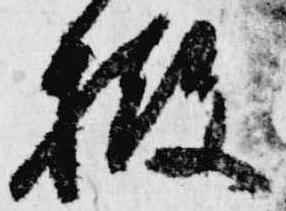
撤